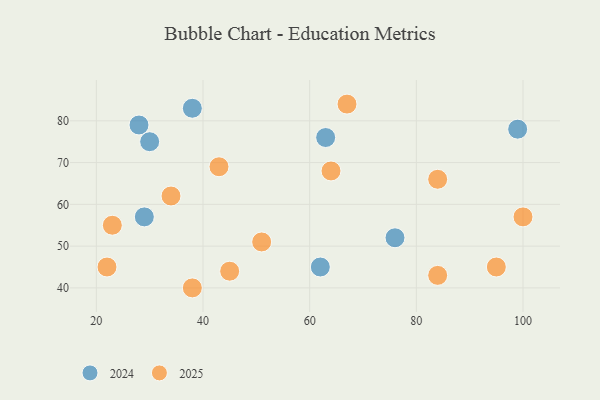
{"axis": {"x": "GDP", "y": "Life Expectancy"}, "legend": ["2024", "2025"], "data": [{"x": "45", "y": 44, "type": "2025"}, {"x": "95", "y": 45, "type": "2025"}, {"x": "84", "y": 43, "type": "2025"}, {"x": "38", "y": 40, "type": "2025"}, {"x": "100", "y": 57, "type": "2025"}, {"x": "64", "y": 68, "type": "2025"}, {"x": "43", "y": 69, "type": "2025"}, {"x": "23", "y": 55, "type": "2025"}, {"x": "22", "y": 45, "type": "2025"}, {"x": "34", "y": 62, "type": "2025"}, {"x": "84", "y": 66, "type": "2025"}, {"x": "51", "y": 51, "type": "2025"}, {"x": "67", "y": 84, "type": "2025"}, {"x": "28", "y": 79, "type": "2024"}, {"x": "99", "y": 78, "type": "2024"}, {"x": "38", "y": 83, "type": "2024"}, {"x": "30", "y": 75, "type": "2024"}, {"x": "62", "y": 45, "type": "2024"}, {"x": "29", "y": 57, "type": "2024"}, {"x": "76", "y": 52, "type": "2024"}, {"x": "63", "y": 76, "type": "2024"}]}